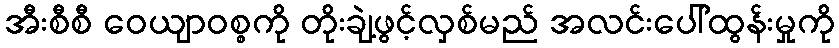
အီးစီစီ ဝေယျာဝစ္စကို တိုးချဲ့ဖွင့်လှစ်မည် အလင်းပေါ်ထွန်းမှုကို